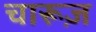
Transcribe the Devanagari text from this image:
चारूज़